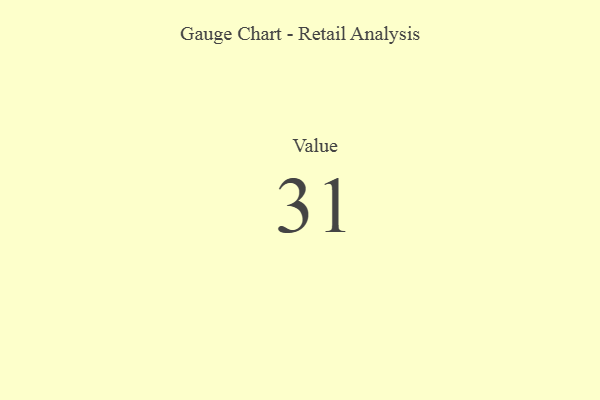
{"axis": {"x": "Metric", "y": "Value"}, "legend": [""], "data": [{"x": "Value", "y": 31, "type": ""}]}